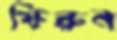
ফিরুন